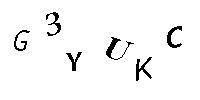
G3YUKC